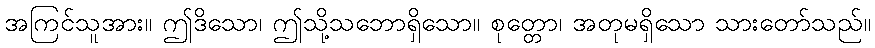
အကြင်သူအား။ ဤဒိသော၊ ဤသို့သဘောရှိသော။ စုတ္တော၊ အတုမရှိသော သားတော်သည်။